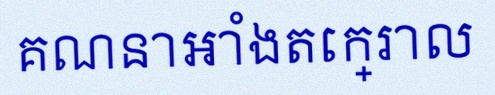
គណនាអាំងតេក្រាល